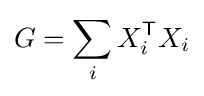
G=\sum _{i}X_{i}^{\mathsf {T}}X_{i}